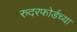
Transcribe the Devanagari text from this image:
रुदरफोर्डच्या